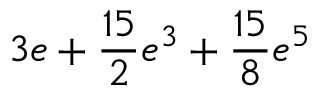
3 e + \frac { 1 5 } { 2 } e ^ { 3 } + \frac { 1 5 } { 8 } e ^ { 5 }